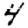
Digit: 4